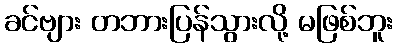
ခင်ဗျား တဘားပြန်သွားလို့ မဖြစ်ဘူး